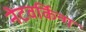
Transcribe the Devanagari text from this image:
नेटवर्किन्ग